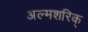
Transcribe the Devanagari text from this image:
अल्मशरिक्